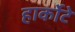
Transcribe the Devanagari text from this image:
हार्कोटे